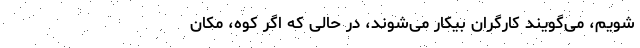
‌شویم، می‌گویند کارگران بیکار می‌شوند، در حالی‌ که اگر کوه، مکان